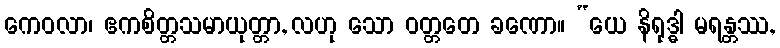
ကေဝလာ၊ ဧကစိတ္တသမာယုတ္တာ, လဟု သော ဝတ္တတေ ခဏော။ “ယေ နိရုဒ္ဓါ မရန္တဿ,